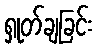
ရှုတ်ချခြင်း